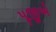
પૂજીએ